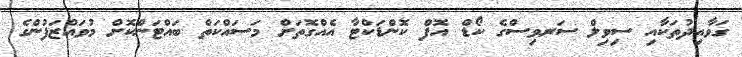
ގަވާއިދުތަކާއި ސިވިލް ސަރވިސްގެ ކޯޑް އޮފް ކޮންޑަކްޓާ އެއްގޮތަށް މަސައްކަތް ބައްޓަންކޮށް މުވައްޒަފުންގެ